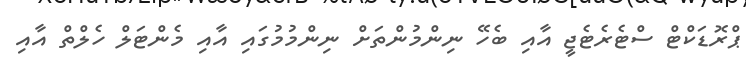
ޕްރޮޑަކްޓް ސްޓެރެޓެޖީ އާއި ބެހޭ ނިންމުންތަށް ނިންމުމުގައި އާއި މެންޓަލް ހެލްތް އާއި